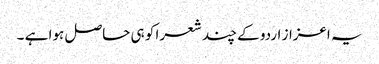
یہ اعزاز اردو کے چند شعرا کو ہی حاصل ہوا ہے ۔